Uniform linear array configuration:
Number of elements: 48
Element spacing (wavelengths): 0.25
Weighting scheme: hamming
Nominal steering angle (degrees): -45
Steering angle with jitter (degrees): -45.321
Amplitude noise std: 0.05
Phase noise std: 0.05

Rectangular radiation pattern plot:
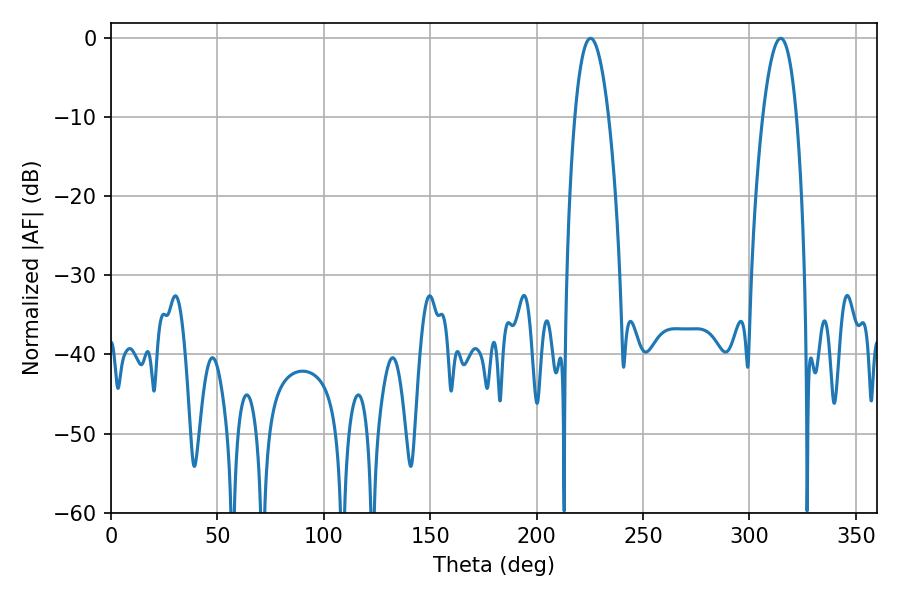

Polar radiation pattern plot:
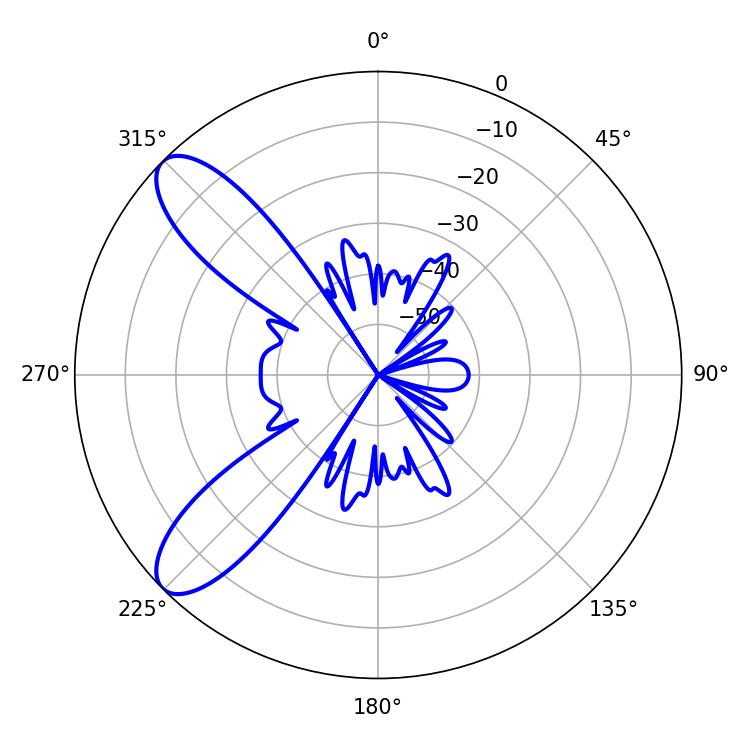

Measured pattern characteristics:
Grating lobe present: FALSE
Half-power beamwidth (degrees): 8.82
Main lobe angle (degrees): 225.36